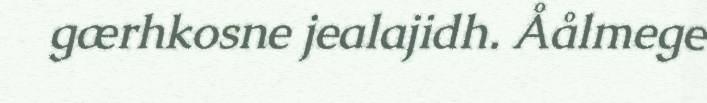
gærhkosne jealajidh. Åålmege